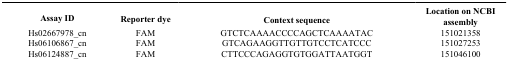
<table><thead><tr><td><b>Assay ID</b></td><td><b>Reporter dye</b></td><td><b>Context sequence</b></td><td><b>Location on NCBI assembly</b></td></tr></thead><tbody><tr><td>Hs02667978_cn</td><td>FAM</td><td>GTCTCAAAACCCCAGCTCAAAATAC</td><td>151021358</td></tr><tr><td>Hs06106867_cn</td><td>FAM</td><td>GTCAGAAGGTTGTTGTCCTCATCCC</td><td>151027253</td></tr><tr><td>Hs06124887_cn</td><td>FAM</td><td>CTTCCCAGAGGTGTGGATTAATGGT</td><td>151046100</td></tr></tbody></table>